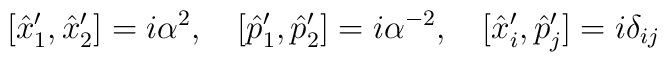
[\hat{x}_{1}^{\prime},\hat{x}_{2}^{\prime}]=i\alpha^{2}, \hspace{0.4cm}[\hat{p}_{1}^{\prime},\hat{p}_{2}^{\prime}]=i\alpha^{-2}, \hspace{0.4cm}[\hat{x}_{i}^{\prime},\hat{p}_{j}^{\prime}]=i\delta_{ij}